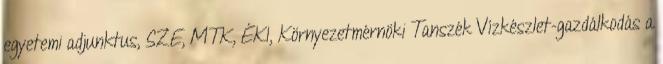
egyetemi adjunktus, SZE, MTK, ÉKI, Környezetmérnöki Tanszék Vízkészlet-gazdálkodás a